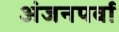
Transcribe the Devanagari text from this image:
अंजनपर्वा